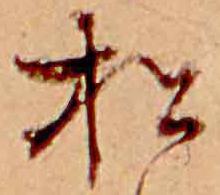
松